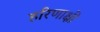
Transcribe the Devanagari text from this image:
हरिणाक्षी